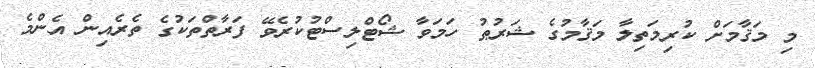
މި މަޤާމަށް ކުރިމަތިލާ މަޤާމުގެ ޝަރުޠު ހަމަވާ ޝޯޓްލިސްޓުކުރެވޭ ފަރާތްތަކުގެ ތެރެއިން އެންމެ